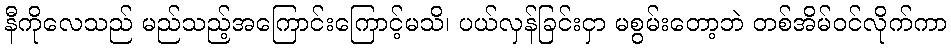
နီကိုလေသည် မည်သည့်အကြောင်းကြောင့်မသိ၊ ပယ်လှန်ခြင်းငှာ မစွမ်းတော့ဘဲ တစ်အိမ်ဝင်လိုက်ကာ